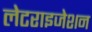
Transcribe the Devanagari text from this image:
लेटराइजेशन